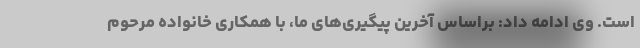
است. وی ادامه داد: براساس آخرین پیگیری‌های ما، با همکاری خانواده مرحوم